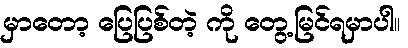
မှာတော့ ပြေပြစ်တဲ့ ကို တွေ့မြင်ရမှာပါ။